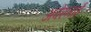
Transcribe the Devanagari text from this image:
अवेस्ताई